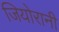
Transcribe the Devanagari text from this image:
जियोरानी